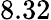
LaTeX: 8.32